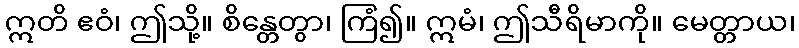
ဣတိ ဧဝံ၊ ဤသို့။ စိန္တေတွာ၊ ကြံ၍။ ဣမံ၊ ဤသီရိမာကို။ မေတ္တာယ၊